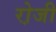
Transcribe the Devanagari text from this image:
रो़जी